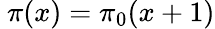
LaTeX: ~\pi(x)=\pi_{0}(x+1)